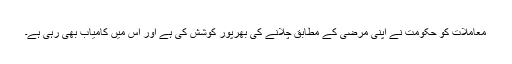
معاملات کو حکومت نے اپنی مرضی کے مطابق چلانے کی بھرپور کوشش کی ہے اور اِس میں کامیاب بھی رہی ہے۔